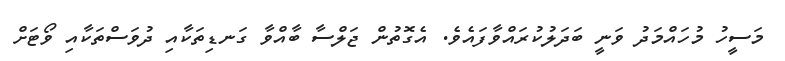
މަސީހު މުހައްމަދު ވަނީ ބަދަލުކުރައްވާފައެވެ. އެގޮތުން ޖަލްސާ ބާއްވާ ގަނޑިތަކާއި ދުވަސްތަކާއި ވޯޓަށް